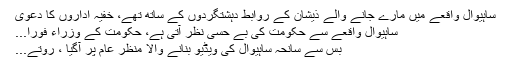
ساہیوال واقعے میں مارے جانے والے ذیشان کے روابط دہشتگردوں کے ساتھ تھے، خفیہ اداروں کا دعوٰی
ساہیوال واقعے سے حکومت کی بے حسی نظر آتی ہے، حکومت کے وزراء فوراً...
بس سے سانحہ ساہیوال کی ویڈیو بنانے والا منظر عام پر آگیا ، روتے...